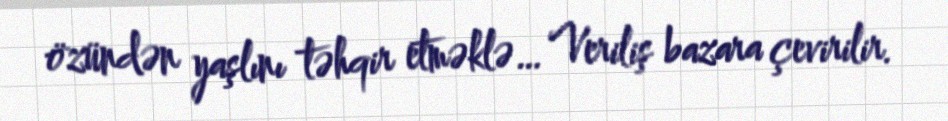
özündən yaşlını təhqir etməklə… Veriliş bazara çevirilir.